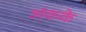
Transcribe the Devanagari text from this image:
अंकके